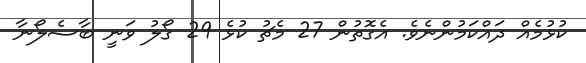
ކުޅުމެއް ދައްކަމުންނެވެ. އެގޮތުން 27 މެޗު ކުޅެ 29 ގޯލު ވަނީ ބާސެލޯނާ